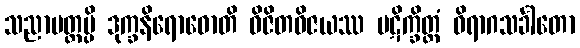
သညာမတ္တမ္ပိ ဒုက္ခနိရောဓောတိ ဝိဇိတဝိဇယဿ ပဋိက္ခိတ္တံ ဝိရာဂသင်္ခါတော